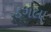
ડગલા